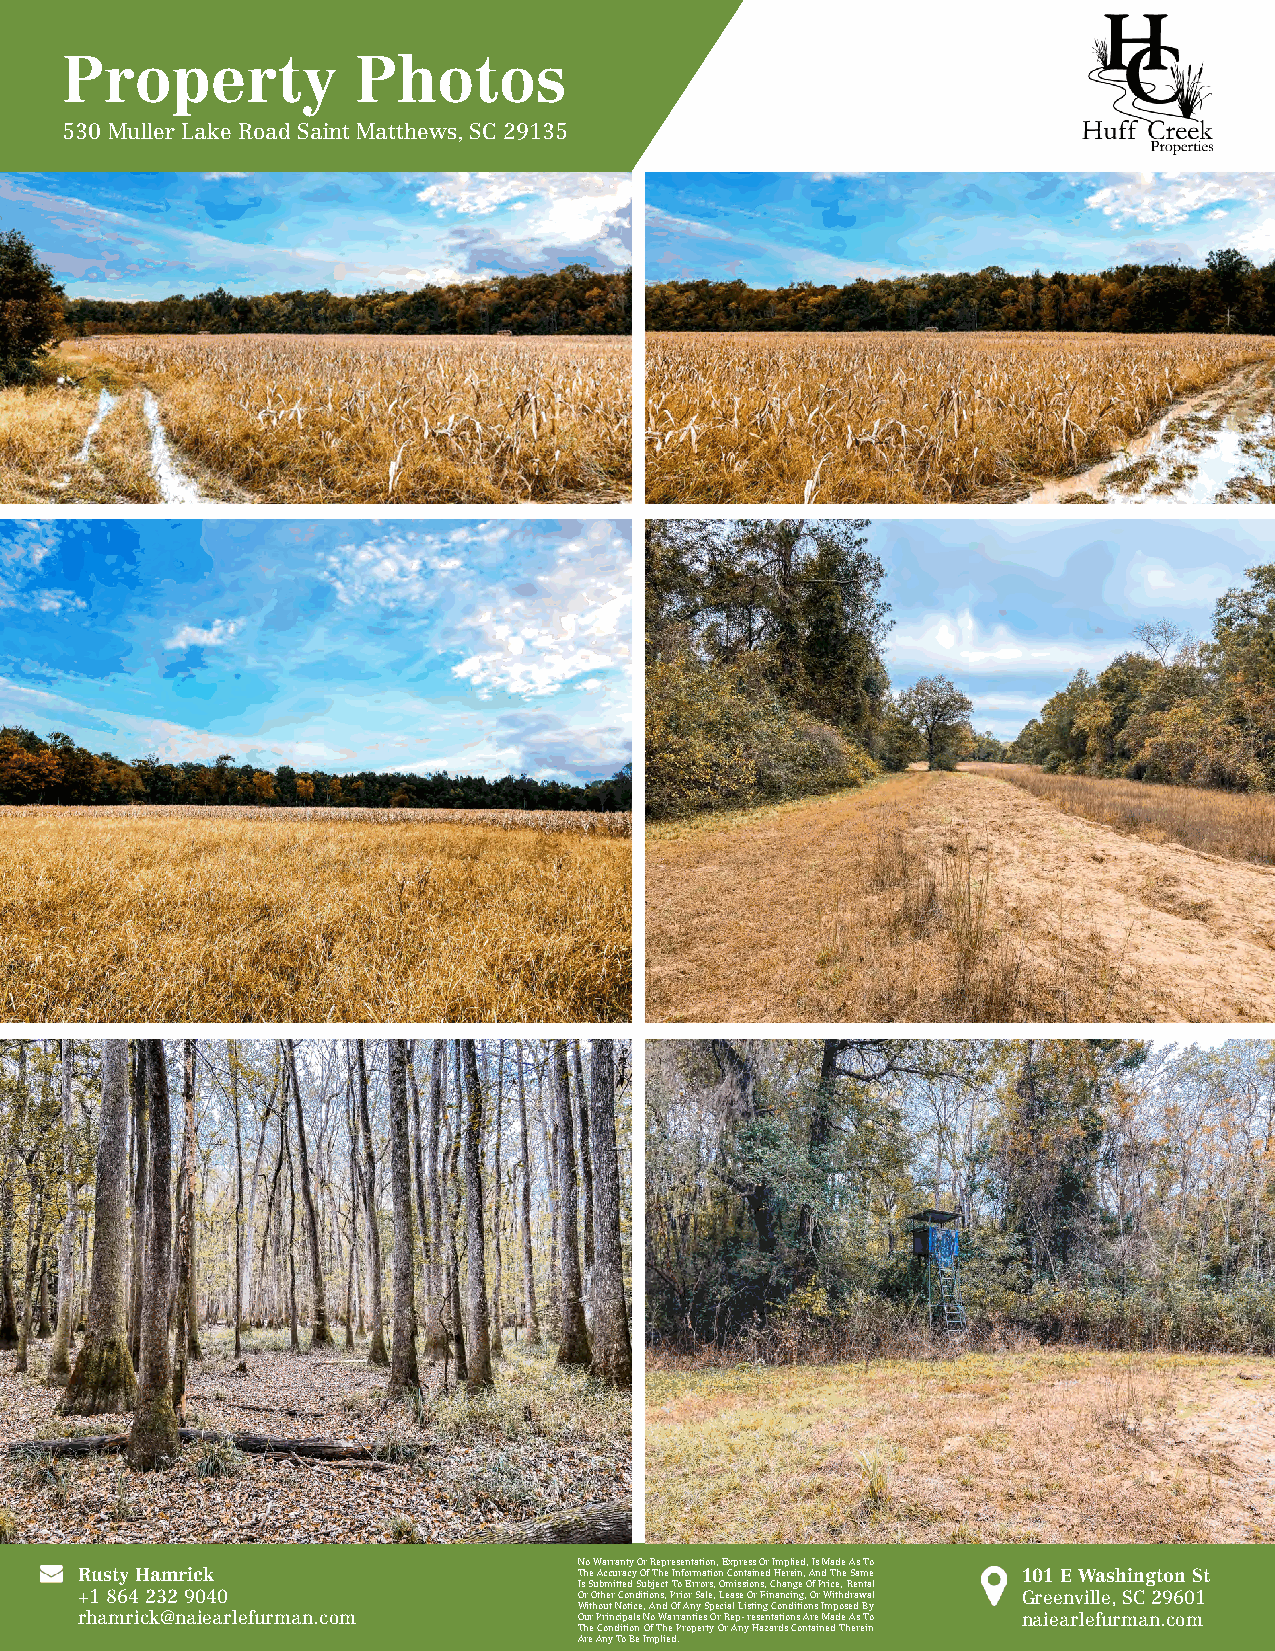
Property            Photos
 530 Muller Lake Road Saint Matthews, SC 29135
 No Warranty Or Representation, Express Or Implied, Is Made As To
 Rusty Hamrick                    The Accuracy Of The Information Contained Herein, And The Same 101 E Washington St
 Is Submitted Subject To Errors, Omissions, Change Of Price, Rental
 +1 864 232 9040                  Or Other Conditions, Prior Sale, Lease Or Financing, Or Withdrawal Greenville, SC 29601
 Without Notice, And Of Any Special Listing Conditions Imposed By
 rhamrick@naiearlefurman.com      Our Principals No Warranties Or Rep- resentations Are Made As To naiearlefurman.com
 The Condition Of The Property Or Any Hazards Contained Therein
 Are Any To Be Implied.